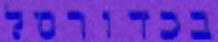
בכדורסל